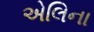
એલિના